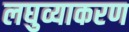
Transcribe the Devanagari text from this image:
लघुव्याकरण